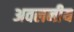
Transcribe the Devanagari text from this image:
अवलनीय